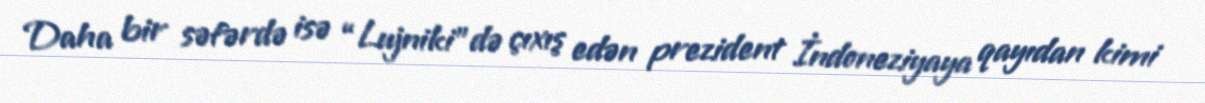
Daha bir səfərdə isə “Lujniki”də çıxış edən prezident İndoneziyaya qayıdan kimi